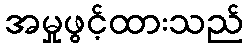
အမှုဖွင့်ထားသည်